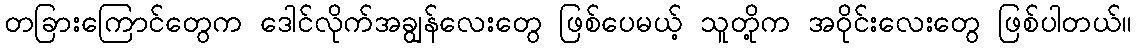
တခြားကြောင်တွေက ဒေါင်လိုက်အချွန်လေးတွေ ဖြစ်ပေမယ့် သူတို့က အဝိုင်းလေးတွေ ဖြစ်ပါတယ်။